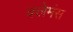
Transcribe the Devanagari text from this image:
क्लेमंस